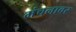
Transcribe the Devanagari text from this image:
मंचनावर